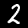
Digit: 2